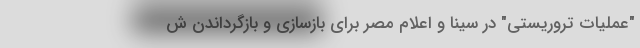
"عملیات تروریستی" در سینا و اعلام مصر برای بازسازی و بازگرداندن ش